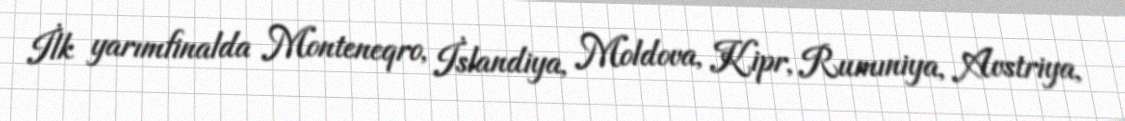
İlk yarımfinalda Monteneqro, İslandiya, Moldova, Kipr, Rumıniya, Avstriya,